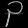
Digit: ၃